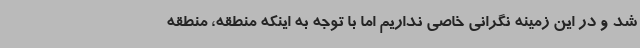
شد و در این زمینه نگرانی خاصی نداریم اما با توجه به اینکه منطقه، منطقه